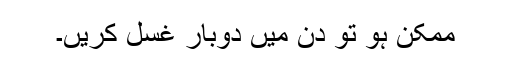
ممکن ہو تو دن میں دوبار غسل کریں۔